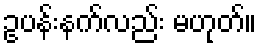
ဥပန်းနက်လည်း မဟုတ်။